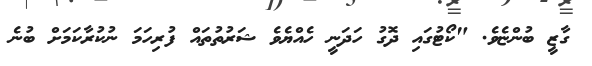
ގާޒީ ބުންޏެވެ. "ކޯޓުގައި ދޮގު ހަދަނީ ހެއްޔެވެ ޝަރުތުތައް ފުރިހަމަ ނުކުރާކަމަށް ބުނެ